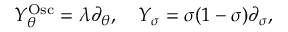
Y _ { \theta } ^ { \mathrm { O s c } } = \lambda \partial _ { \theta } , \quad Y _ { \sigma } = \sigma ( 1 - \sigma ) \partial _ { \sigma } ,